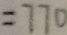
= 7 7 0